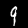
Digit: 9